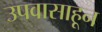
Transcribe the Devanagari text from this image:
उपवासाहून